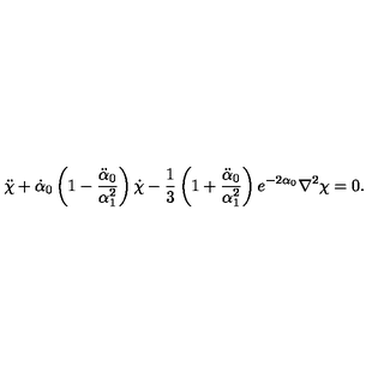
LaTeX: \ddot { \chi } + \dot { \alpha } _ { 0 } \left( 1 - \frac { \ddot { \alpha } _ { 0 } } { \alpha _ { 1 } ^ { 2 } } \right) \dot { \chi } - \frac { 1 } { 3 } \left( 1 + \frac { \ddot { \alpha } _ { 0 } } { \alpha _ { 1 } ^ { 2 } } \right) e ^ { - 2 \alpha _ { 0 } } \nabla ^ { 2 } \chi = 0 .